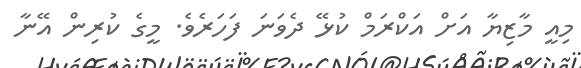
މިއީ މާޒިޔާ އަށް އަކްރަމް ކުޅޭ ދެވަނަ ފަހަރެވެ. މީގެ ކުރިން އޭނާ